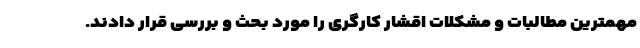
مهمترین مطالبات و مشکلات اقشار کارگری را مورد بحث و بررسی قرار دادند.